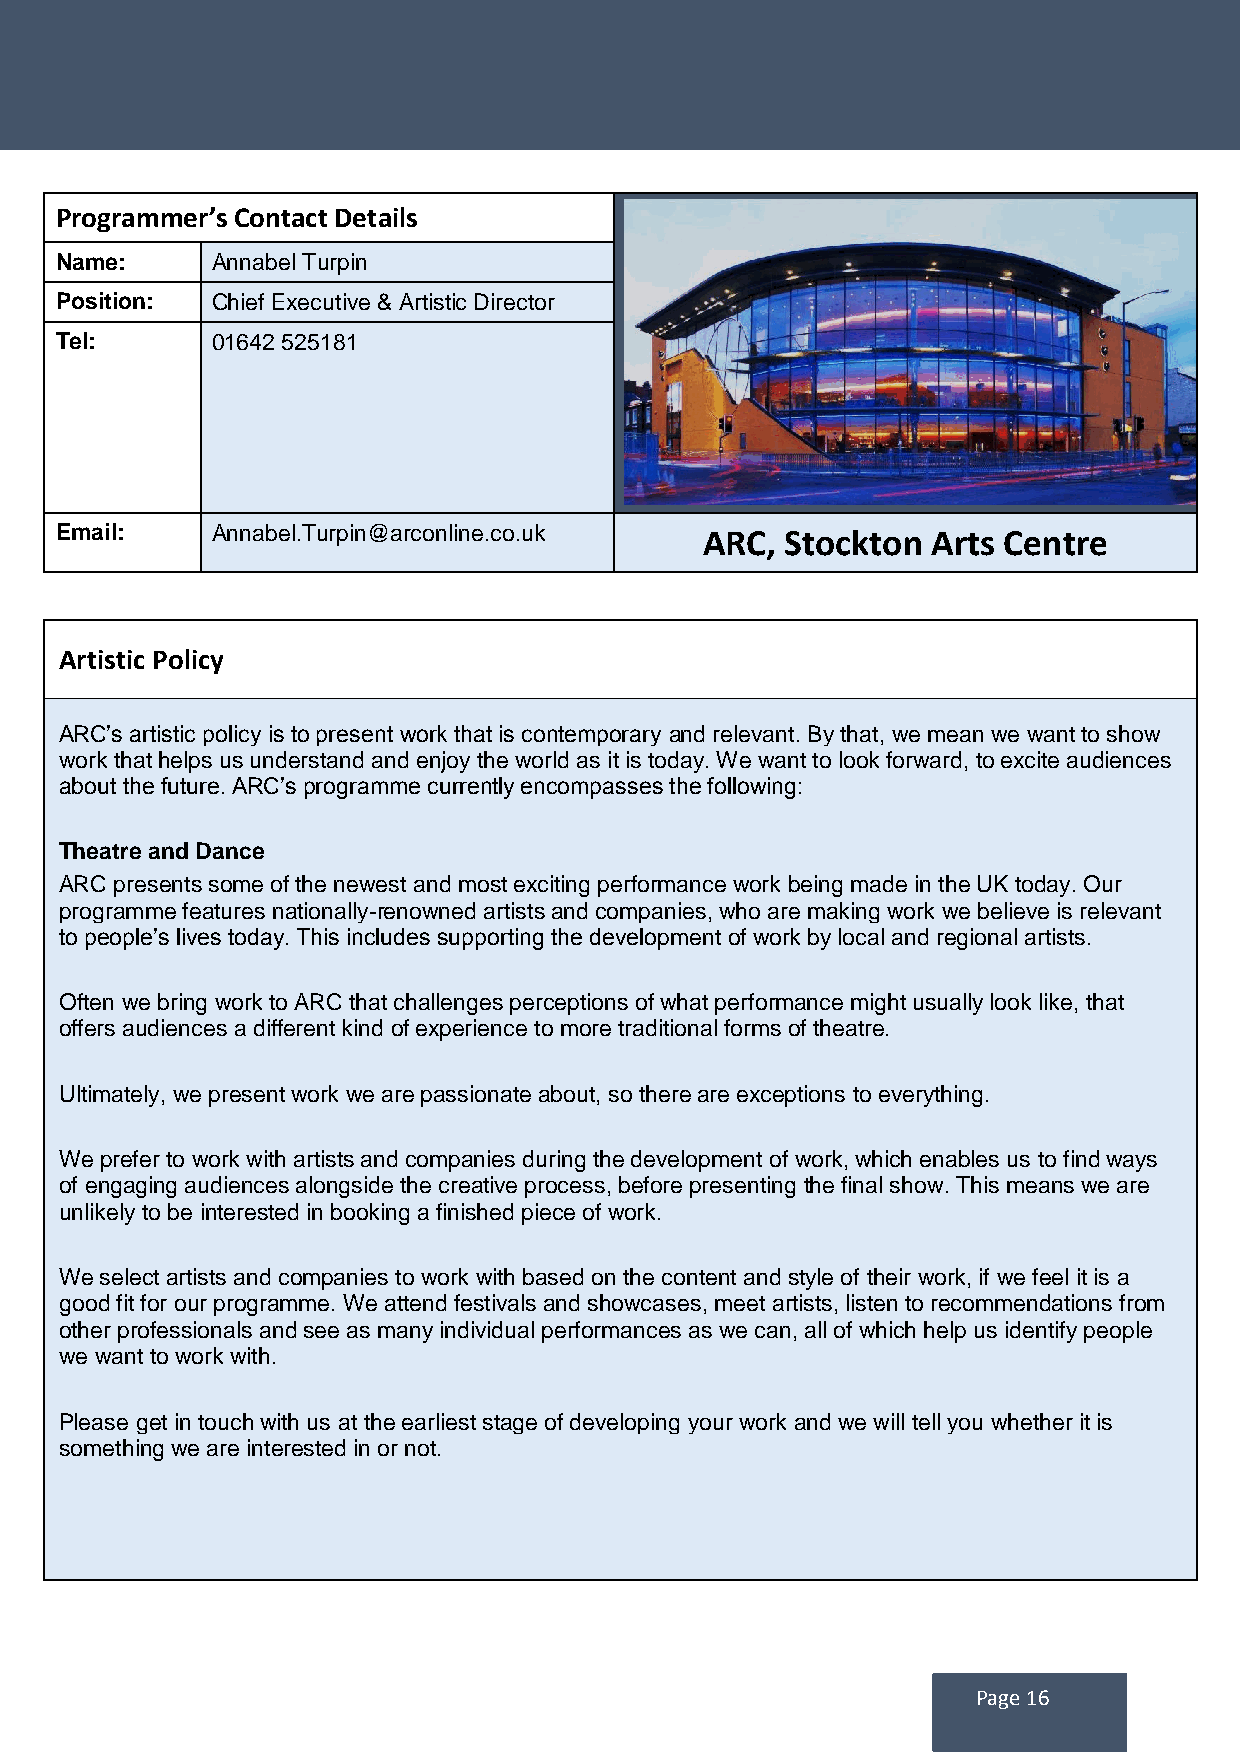
Programmer’s Contact Details
 Name:     Annabel Turpin
 Position: Chief Executive & Artistic Director
 Tel:      01642 525181
 Email:    Annabel.Turpin@arconline.co.uk   ARC, Stockton  Arts Centre
 Artistic Policy
 ARC’s artistic policy is to present work that is contemporary and relevant. By that, we mean we want to show
 work that helps us understand and enjoy the world as it is today. We want to look forward, to excite audiences
 about the future. ARC’s programme currently encompasses the following:
 Theatre and Dance
 ARC presents some of the newest and most exciting performance work being made in the UK today. Our
 programme features nationally-renowned artists and companies, who are making work we believe is relevant
 to people’s lives today. This includes supporting the development of work by local and regional artists.
 Often we bring work to ARC that challenges perceptions of what performance might usually look like, that
 offers audiences a different kind of experience to more traditional forms of theatre.
 Ultimately, we present work we are passionate about, so there are exceptions to everything.
 We prefer to work with artists and companies during the development of work, which enables us to find ways
 of engaging audiences alongside the creative process, before presenting the final show. This means we are
 unlikely to be interested in booking a finished piece of work.
 We select artists and companies to work with based on the content and style of their work, if we feel it is a
 good fit for our programme. We attend festivals and showcases, meet artists, listen to recommendations from
 other professionals and see as many individual performances as we can, all of which help us identify people
 we want to work with.
 Please get in touch with us at the earliest stage of developing your work and we will tell you whether it is
 something we are interested in or not.
 Page 16